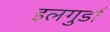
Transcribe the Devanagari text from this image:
इलगुर्डा